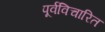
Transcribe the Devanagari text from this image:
पूर्वविचारित